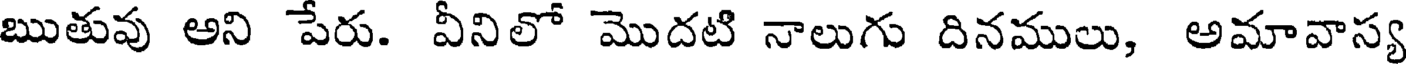
ఋతువు అని పేరు. వీనిలో మొదటి నాలుగు దినములు, అమావాస్య